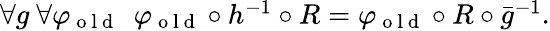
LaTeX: \begin{array}{r}{\forall g\ \forall\varphi_{\mathrm{~o~l~d~}}\ \ \varphi_{\mathrm{~o~l~d~}}\circ h^{-1}\circ R=\varphi_{\mathrm{~o~l~d~}}\circ R\circ\bar{g}^{-1}.}\end{array}